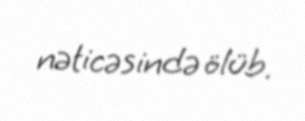
nəticəsində ölüb.